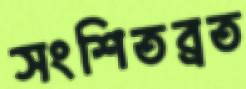
সংশিতব্রত